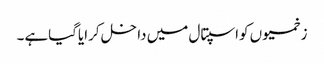
زخمیوں کواسپتال میں داخل کرایاگیاہے۔